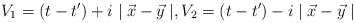
\begin{align*}V_1=(t-t^\prime)+i\mid \vec{x}-\vec{y} \mid,V_2=(t-t^\prime)-i\mid\vec{x}-\vec{y} \mid\end{align*}